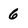
Character: 6